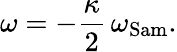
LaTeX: \omega=-\frac{\kappa}{2}\, \omega_{\mathrm{Sam}}.